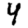
Digit: 4